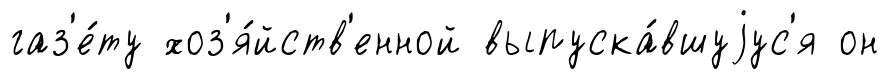
газ'е́ту хоз'я́йств'енной выпуска́вшуjус'я он